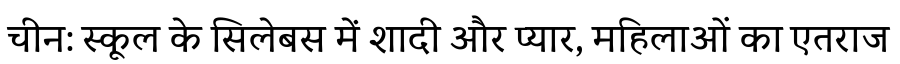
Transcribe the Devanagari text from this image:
चीन: स्कूल के सिलेबस में शादी और प्यार, महिलाओं का एतराज